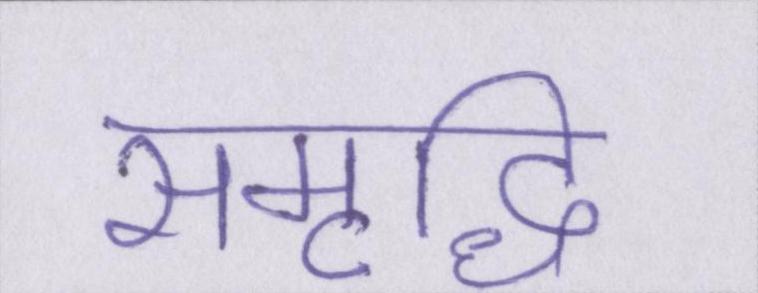
समृद्धि